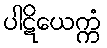
ပါဋိယေက္ကံ